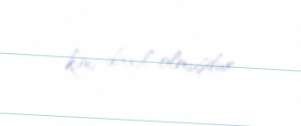
kimi daxil olmuşdur.